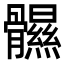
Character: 䯥